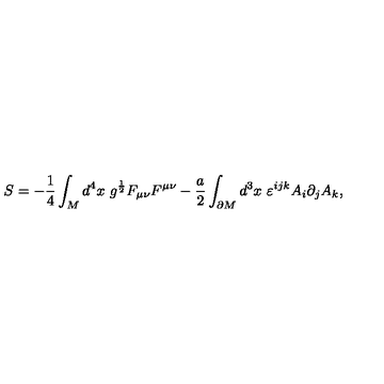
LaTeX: S = - \frac 1 4 \int _ { M } d ^ { 4 } x \ g ^ { \frac 1 2 } F _ { \mu \nu } F ^ { \mu \nu } - \frac a 2 \int _ { \partial M } d ^ { 3 } x \ \varepsilon ^ { i j k } A _ { i } \partial _ { j } A _ { k } ,